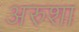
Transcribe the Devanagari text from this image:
अरुशा